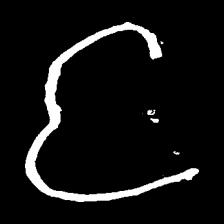
Pyu character \u2014 Myanmar letter: င (romanized: nga)